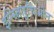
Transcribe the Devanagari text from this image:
इन्स्तितुचिओन